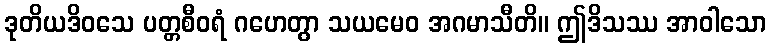
ဒုတိယဒိဝသေ ပတ္တစီဝရံ ဂဟေတွာ သယမေဝ အဂမာသီတိ။ ဤဒိသဿ အာဝါသော